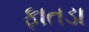
ફાતડા